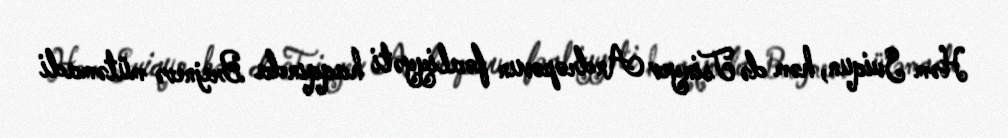
Həm Sviqun, həm də Tsinyev Andropovun fəaliyyəti haqqında Brejnevə mütəmadi